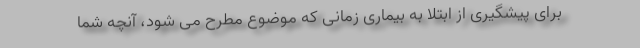
برای پیشگیری از ابتلا به بیماری زمانی که موضوع مطرح می شود، آنچه شما